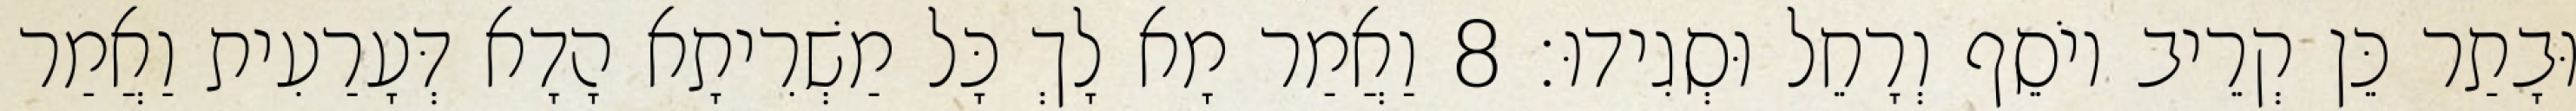
וּבָתַר כֵּן קְרֵיב יוֹסֵף וְרָחֵל וּסְגִידוּ׃ 8 וַאֲמַר מָא לָךְ כָּל מַשְׁרִיתָא הָדָא דְּעָרַעִית וַאֲמַר